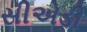
સીએડી